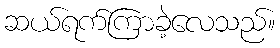
ဆယ်ရက်ကြာခဲ့လေသည်။